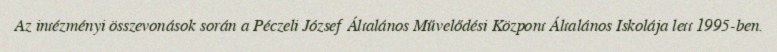
Az intézményi összevonások során a Péczeli József Általános Művelődési Központ Általános Iskolája lett 1995-ben.